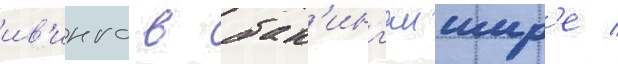
ив'инго в бак'инг'емшир'е /